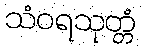
သံဝရသုတ္တံ